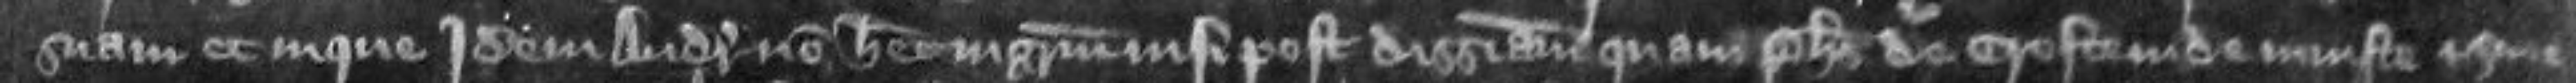
suam et in que idem Andreas non habet ingressum nisi post diseisinam quam Phillipus de Crofte inde injuste et sine